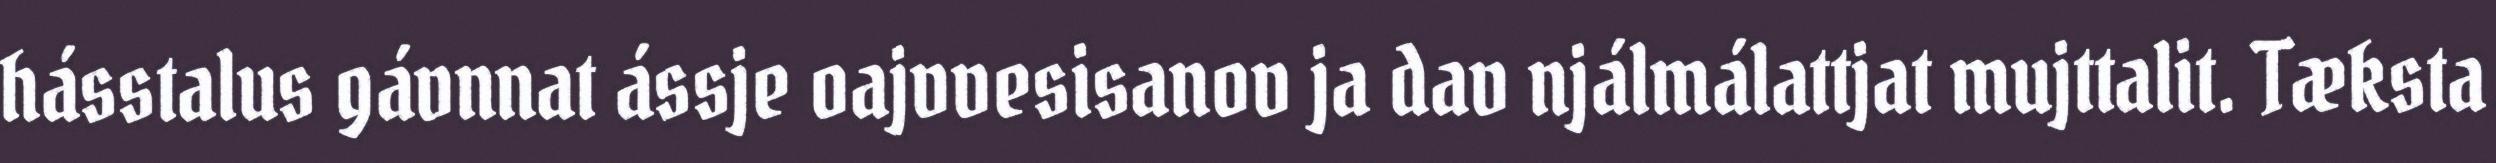
hásstalus gávnnat ássje oajvvesisanov ja dav njálmálattjat mujttalit. Tæksta